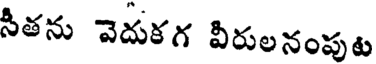
సీతను వెదుకగ వీరులనంపుట